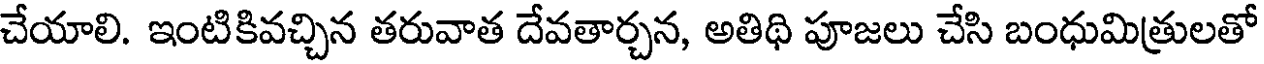
చేయాలి. ఇంటికివచ్చిన తరువాత దేవతార్చన, అతిథి పూజలు చేసి బంధుమిత్రులతో